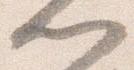
門